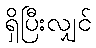
ရှိပြီးလျှင်